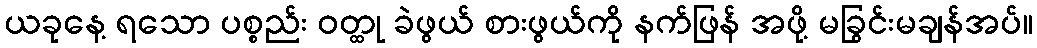
ယခုနေ့ ရသော ပစ္စည်း ဝတ္ထု ခဲဖွယ် စားဖွယ်ကို နက်ဖြန် အဖို့ မခြွင်းမချန်အပ်။